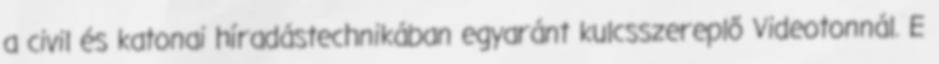
a civil és katonai híradástechnikában egyaránt kulcsszereplő Videotonnál. E